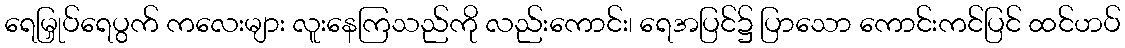
ရေမြှုပ်ရေပွက် ကလေးများ လူးနေကြသည်ကို လည်းကောင်း၊ ရေအပြင်၌ ပြာသော ကောင်းကင်ပြင် ထင်ဟပ်